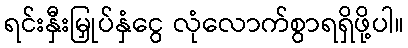
ရင်းနှီးမြှုပ်နှံငွေ လုံလောက်စွာရရှိဖို့ပါ။